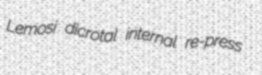
Lemosi dicrotal internal re-press